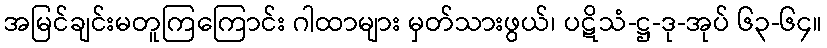
အမြင်ချင်းမတူကြကြောင်း ဂါထာများ မှတ်သားဖွယ်၊ ပဋိသံ-ဋ္ဌ-ဒု-အုပ် ၆၃-၆၄။